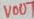
Text: VOUT